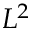
L ^ { 2 }